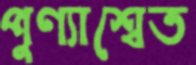
পুণ্যাশ্বেত